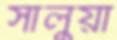
সালুয়া